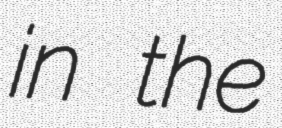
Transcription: in the